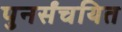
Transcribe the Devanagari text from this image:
पुनर्संचयित